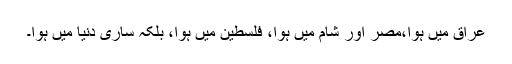
عراق میں ہوا،مصر اور شام میں ہوا، فلسطین میں ہوا، بلکہ ساری دنیا میں ہوا۔